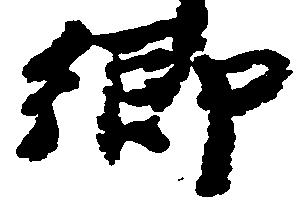
郷